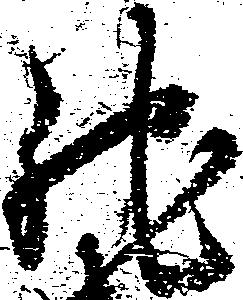
馳